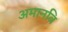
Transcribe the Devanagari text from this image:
अमानवि